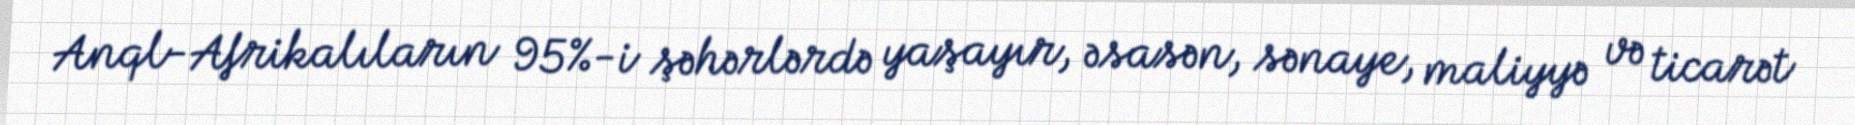
Anql-Afrikalıların 95%-i şəhərlərdə yaşayır, əsasən, sənaye, maliyyə və ticarət